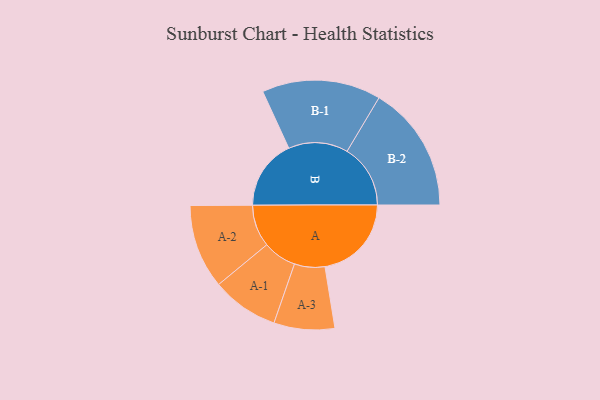
{"axis": {"x": "Segment", "y": "Value"}, "legend": ["", "A", "B"], "data": [{"x": "A", "y": 333, "type": ""}, {"x": "B", "y": 270, "type": ""}, {"x": "A-1", "y": 129, "type": "A"}, {"x": "A-2", "y": 162, "type": "A"}, {"x": "A-3", "y": 117, "type": "A"}, {"x": "B-1", "y": 229, "type": "B"}, {"x": "B-2", "y": 244, "type": "B"}]}